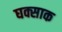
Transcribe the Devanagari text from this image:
घक्साक